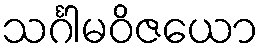
သင်္ဂါမဝိဇယော